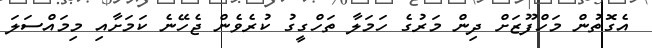
އެގޮތުން މަހްފޫޒަށް ދިން މަރުގެ ހަމަލާ ތަހްގީގު ކުރެވެން ޖެހޭނެ ކަމަށާއި މިމައްސަލަ